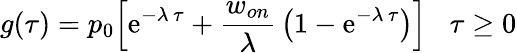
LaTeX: g(\tau)=p_{0}\Big[\mathrm{e}^{-\lambda\, \tau}+{\frac{w_{on}}{\lambda}}\left(1-\mathrm{e}^{-\lambda\, \tau}\right)\Big]\; \; \; \tau\geq 0